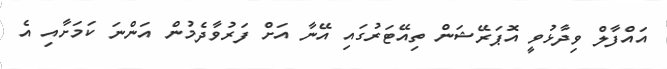
އައްފާލް ވިދާޅުވީ އޮޕަރޭޝަން ތިއޭޓަރުގައި އޭނާ އަށް ފަރުވާދެމުން އަންނަ ކަމަށާއި އެ